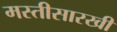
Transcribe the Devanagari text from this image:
मस्तीसारखी